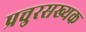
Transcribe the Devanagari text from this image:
प्रचुरसख्यक